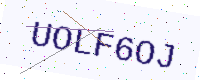
Text: UOLF6OJ